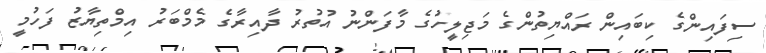
ސިފައިންގެ ކިބައިން ރައްޔިތުންގެ މަޖިލީހުގެ މާފަންނު އުތުރު ދާއިރާގެ މެމްބަރު އިމްތިޔާޒު ފަހުމީ